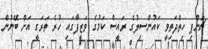
ޗަންޕި ހިތްދަތިވީ ކައުންސިލުގެ ރައީސް ކަމުގެ ވަޒީފާގައި ހުރެ ތަރަގީ އަށް ބޭނުން